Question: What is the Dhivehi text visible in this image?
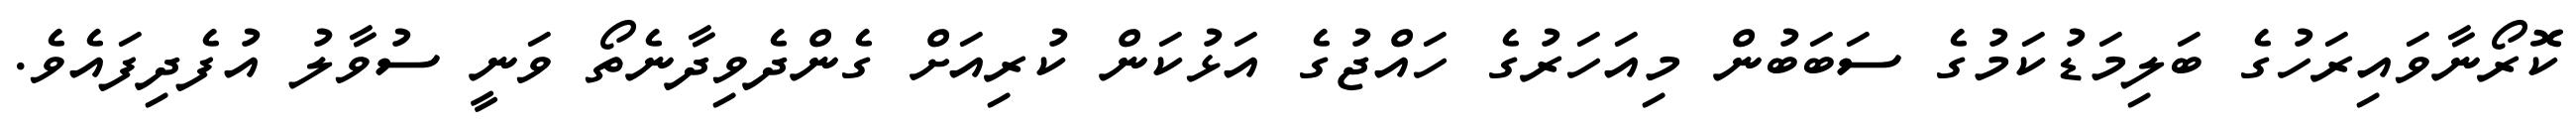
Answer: ކޮރޯނާވައިރަހުގެ ބަލިމަޑުކަމުގެ ސަބަބުން މިއަހަރުގެ ހައްޖުގެ އަޅުކަން ކުރިއަށް ގެންދެވިދާނެތޯ ވަނީ ސުވާލު އުފެދިފައެވެ.